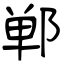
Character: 郸